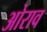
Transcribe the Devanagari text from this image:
ओराव